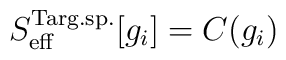
S^{\rm Targ.sp.}_{\rm eff}[g_i]=C(g_i)